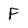
Character: F